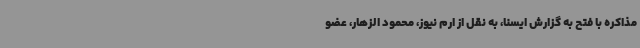
مذاکره با فتح به گزارش ایسنا، به نقل از ارم نیوز، محمود الزهار، عضو